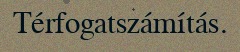
Térfogatszámítás.